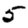
Digit: 5